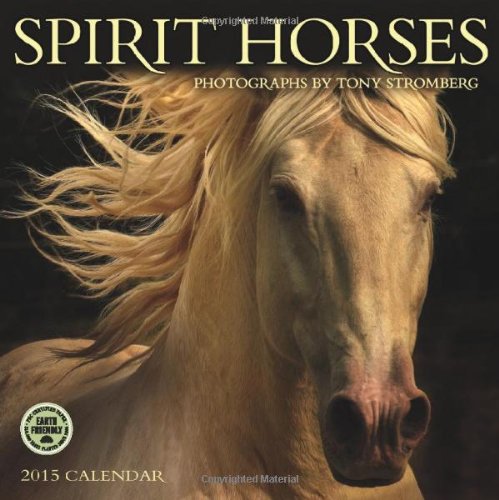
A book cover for Spirit Horses, Photographs by Tony Stromberg 2015 Wall Calendar; Tony Stromberg; Calendars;